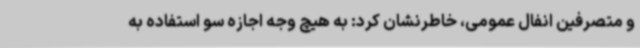
و متصرفین انفال عمومی، خاطرنشان کرد: به هیچ وجه اجازه سو استفاده به